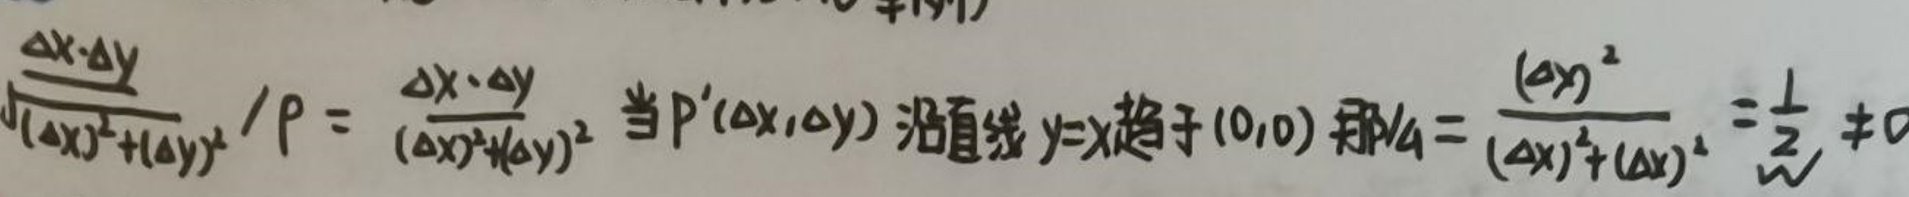
$\frac{\Delta x \cdot \Delta y}{\sqrt{(\Delta x)^2 + (\Delta y)^2}} / \rho = \frac{\Delta x \cdot \Delta y}{(\Delta x)^2 + (\Delta y)^2}  $当$  P'(\Delta x, \Delta y)  $沿直线$  y = x  $趋于  (0,0)  则$  A = \frac{(\Delta x)^2}{(\Delta x)^2 + (\Delta x)^2} = \frac{1}{2} \neq 0$